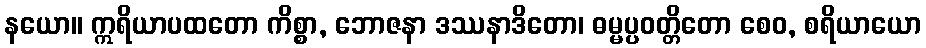
နယော။ ဣရိယာပထတော ကိစ္စာ, ဘောဇနာ ဒဿနာဒိတော၊ ဓမ္မပ္ပဝတ္တိတော စေဝ, စရိယာယော